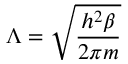
\Lambda = { \sqrt { \frac { h ^ { 2 } \beta } { 2 \pi m } } }